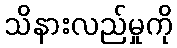
သိနားလည်မှုကို